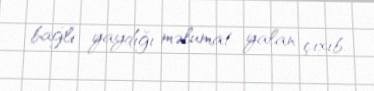
bağlı yaydığı məlumat yalan çıxıb.